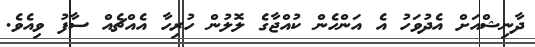
ދާނިޝްއަށް އެދުވަހު އެ އަންހެން ކުއްޖާގެ ލޮލުން ހުރިހާ އެއްޗެއް ސާފު ވިއެވެ.